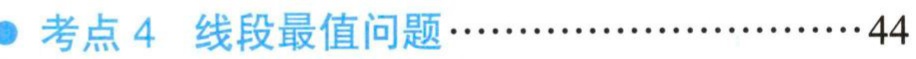
考点 4  线段最值问题\cdots\cdots\cdots\cdots\cdots\cdots\cdots\cdots44